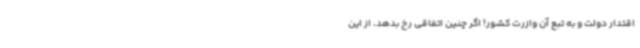
اقتدار دولت و به تبع آن وازرت کشور! اگر چنین اتفاقی رخ بدهد، از این